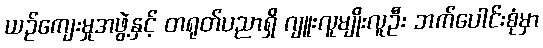
ယဉ်ကျေးမှုအဖွဲ့နှင့် တရုတ်ပညာရှိ ဂျူးလူမျိုးလူဦး ဘက်ပေါင်းစုံမှာ